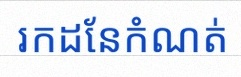
រកដែនកំណត់